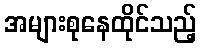
အများစုနေထိုင်သည့်